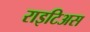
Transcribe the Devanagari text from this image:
राइटिअस